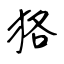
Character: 狢